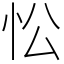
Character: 忪